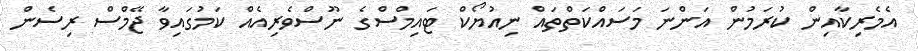
އެމެރިކާއިން ކުރަމުން އަންނަ މަސައްކަތްތައް ނިއުޔޯކް ޓައިމްސްގެ ނޫސްވެރިއެއް ކަމުގައިވާ ޖޭމްސް ރިސެން